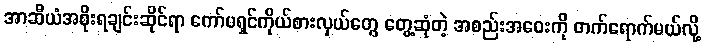
အာဆီယံအစိုးရချင်းဆိုင်ရာ ကော်မရှင်ကိုယ်စားလှယ်တွေ တွေ့ဆုံတဲ့ အစည်းအဝေးကို တက်ရောက်မယ်လို့